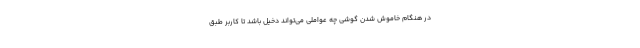
در هنگام خاموش شدن گوشی چه عواملی می‌تواند دخیل باشد تا کاربر طبق